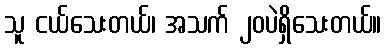
သူ ငယ်သေးတယ်၊ အသက် ၂၀ပဲရှိသေးတယ်။